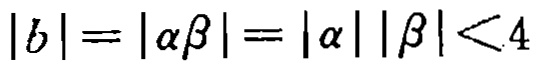
\(|b| = |\alpha\beta| = |\alpha||\beta| < 4\)